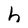
Character: h